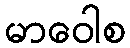
မာဝေါစ